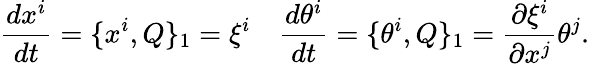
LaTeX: \frac{dx^{i}}{dt}=\{ x^{i},Q\} _{1}=\xi^{i}\quad\frac{d\theta^{i}}{dt}=\{ \theta^{i},Q\} _{1}=\frac{\partial\xi^{i}}{\partial x^{j}}\theta^{j}.